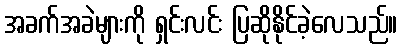
အခက်အခဲများကို ရှင်းလင်း ပြဆိုနိုင်ခဲ့လေသည်။